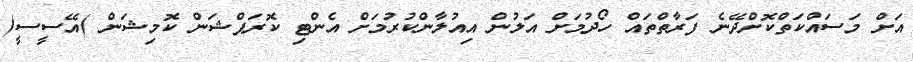
އަށް މަސައްކަތްކޮށްދޭނެ ފަރާތްތައް ހޯދުމަށް އަލުން އިއުލާންކުރުމަށް އެންޓި ކޮރަޕްޝަން ކޮމިޝަން )އޭސީސީ(